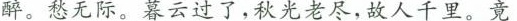
醉。愁无际。暮云过了，秋光老尽，故人千里。竟